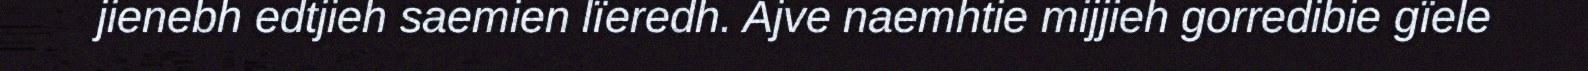
jienebh edtjieh saemien lïeredh. Ajve naemhtie mijjieh gorredibie gïele